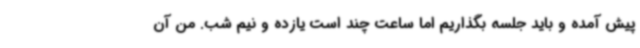
پیش آمده و باید جلسه بگذاریم اما ساعت چند است یازده و نیم شب. من آن